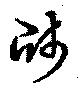
牋